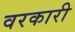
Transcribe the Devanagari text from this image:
वरकारी